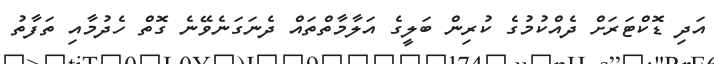
އަދި ޑޮކްޓަރަށް ދެއްކުމުގެ ކުރިން ބަލީގެ އަލާމާތްތައް ދެނަގަނެވޭނެ ގޮތް ހެދުމާއި ތަފާތު